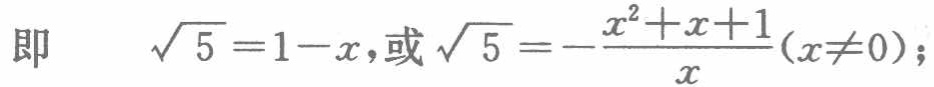
即 $\sqrt{5}=1 - x,\text{或}\sqrt{5}=-\frac{x^{2}+x + 1}{x}(x\neq0);$